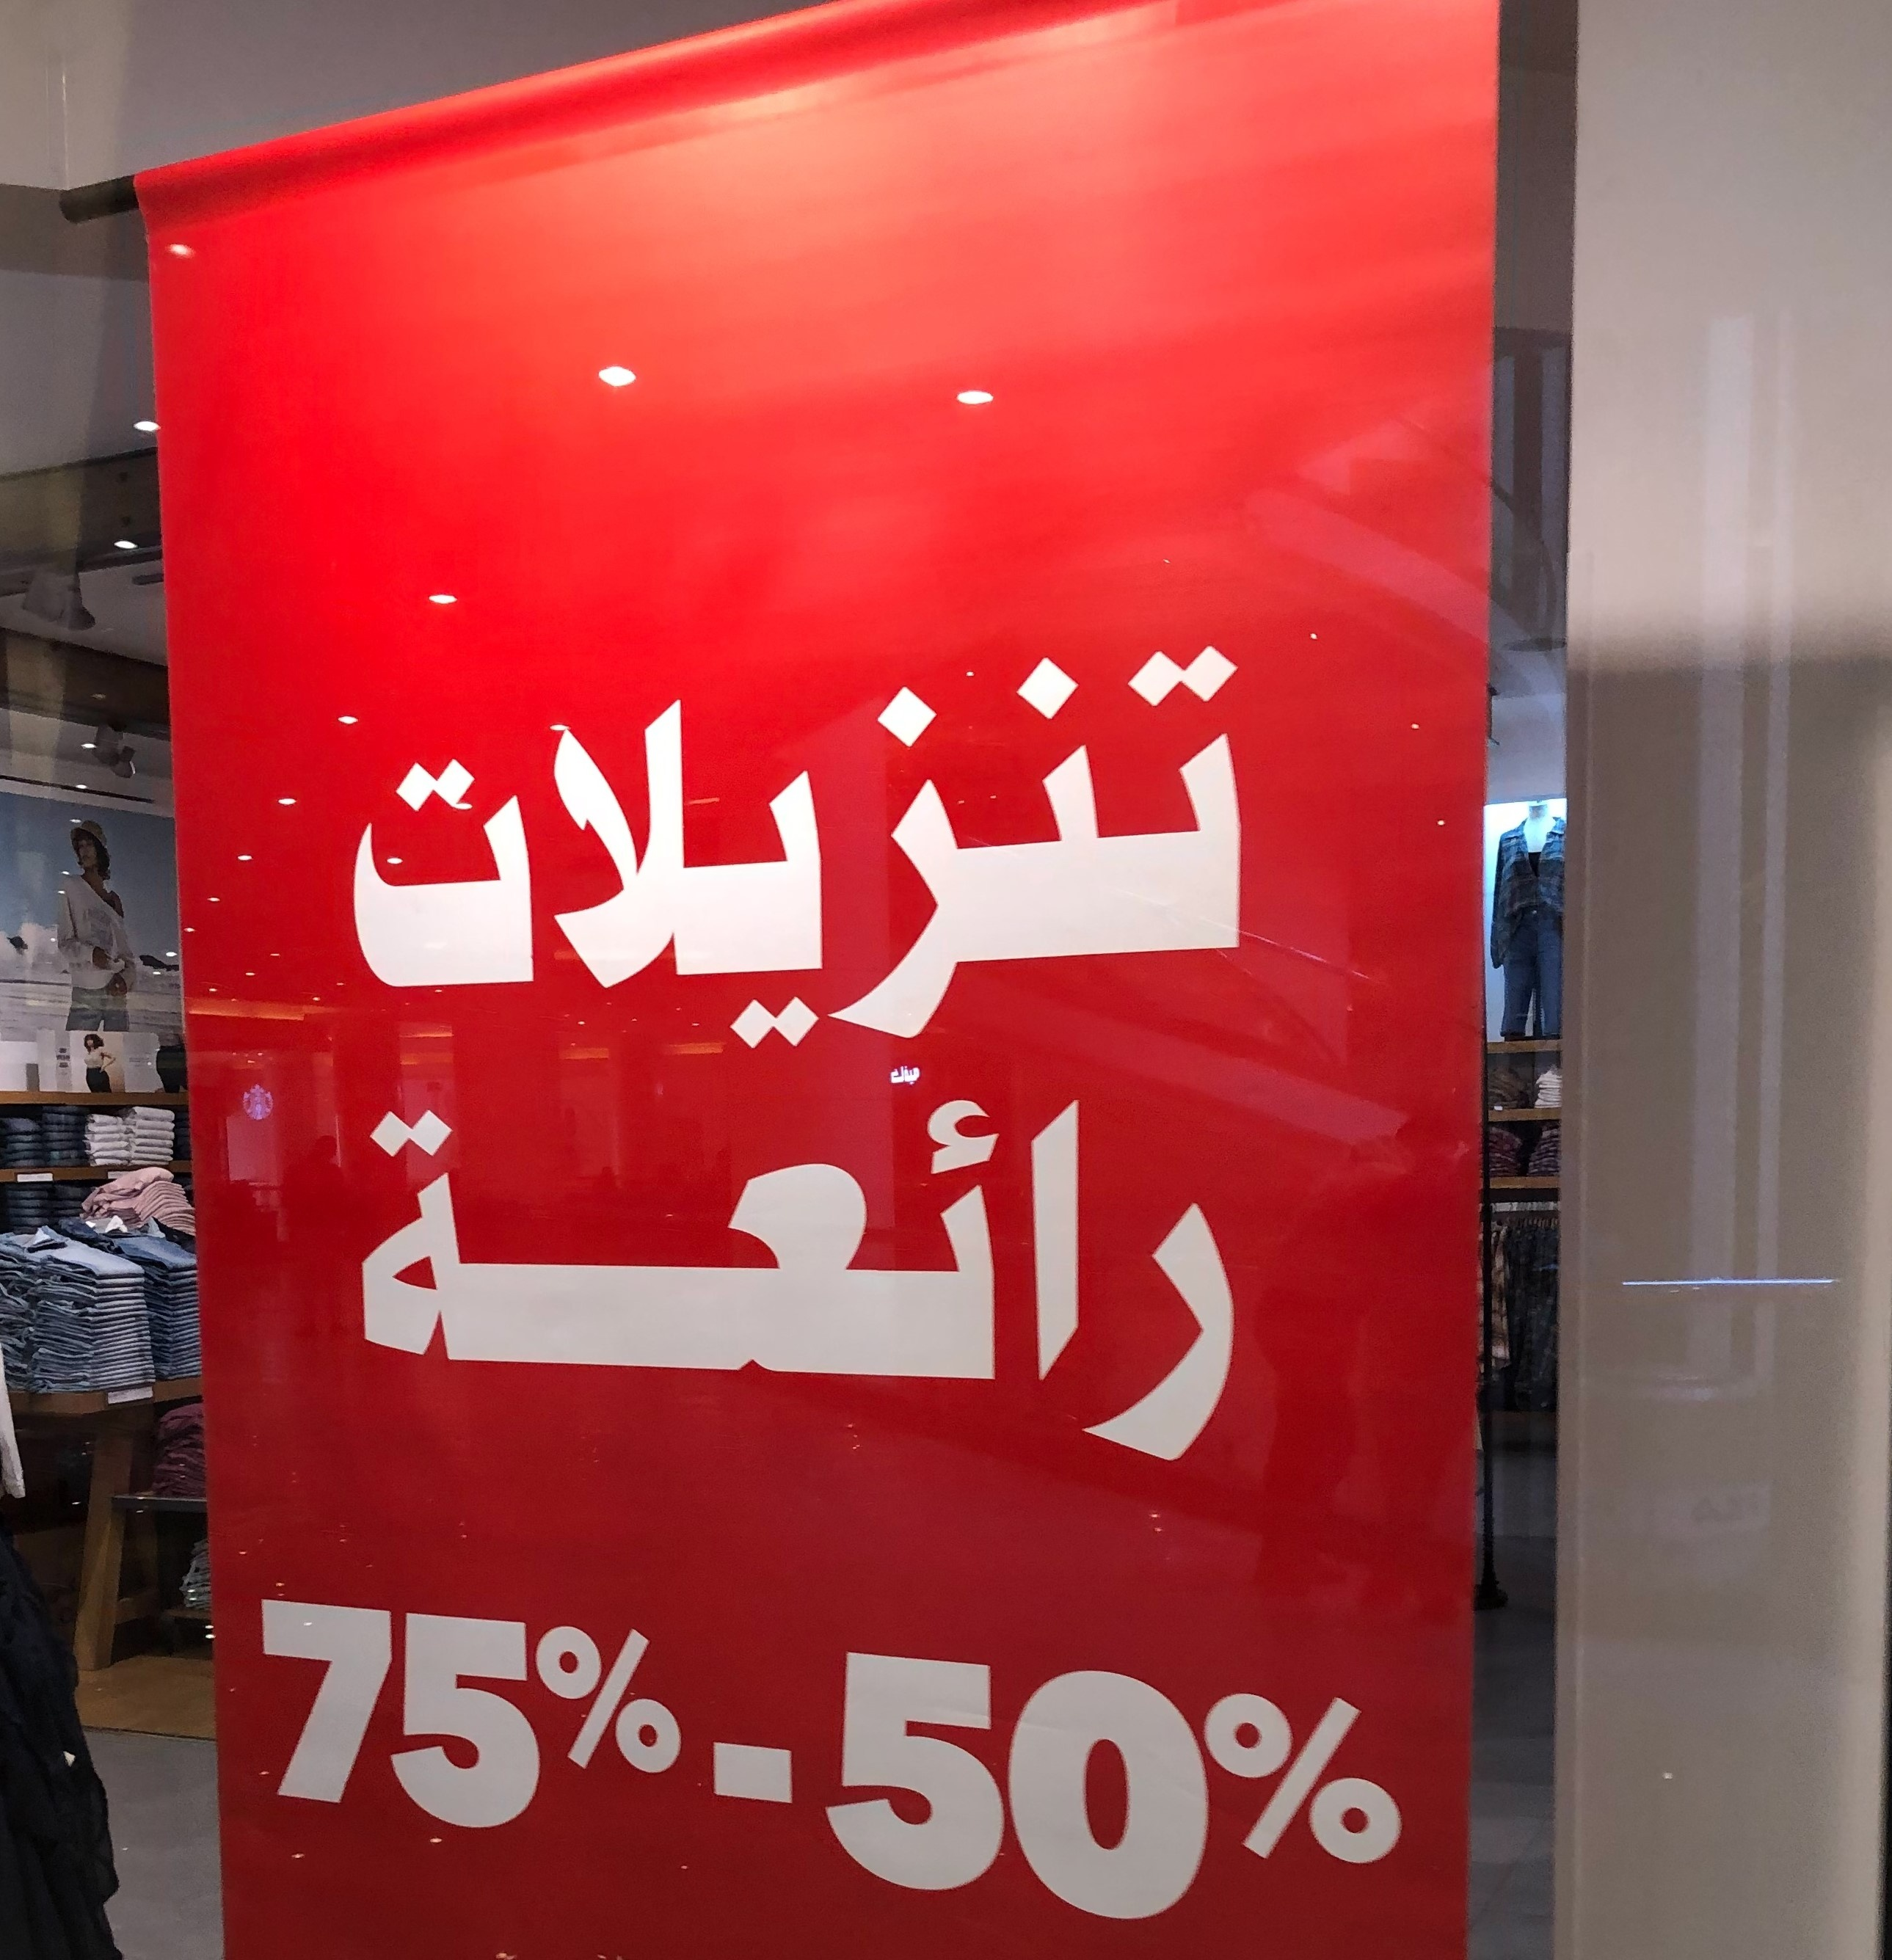
Text in image: تنزيلات رائعة 75%-50%